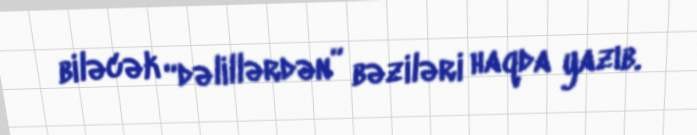
biləcək “dəlillərdən” bəziləri haqda yazıb.